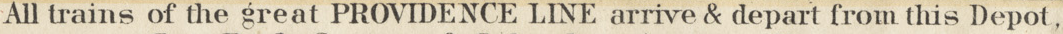
All trains of the great PROVIDENCE LINE arrive & depart from this Depot